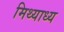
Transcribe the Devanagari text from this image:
मिथ्याध्य